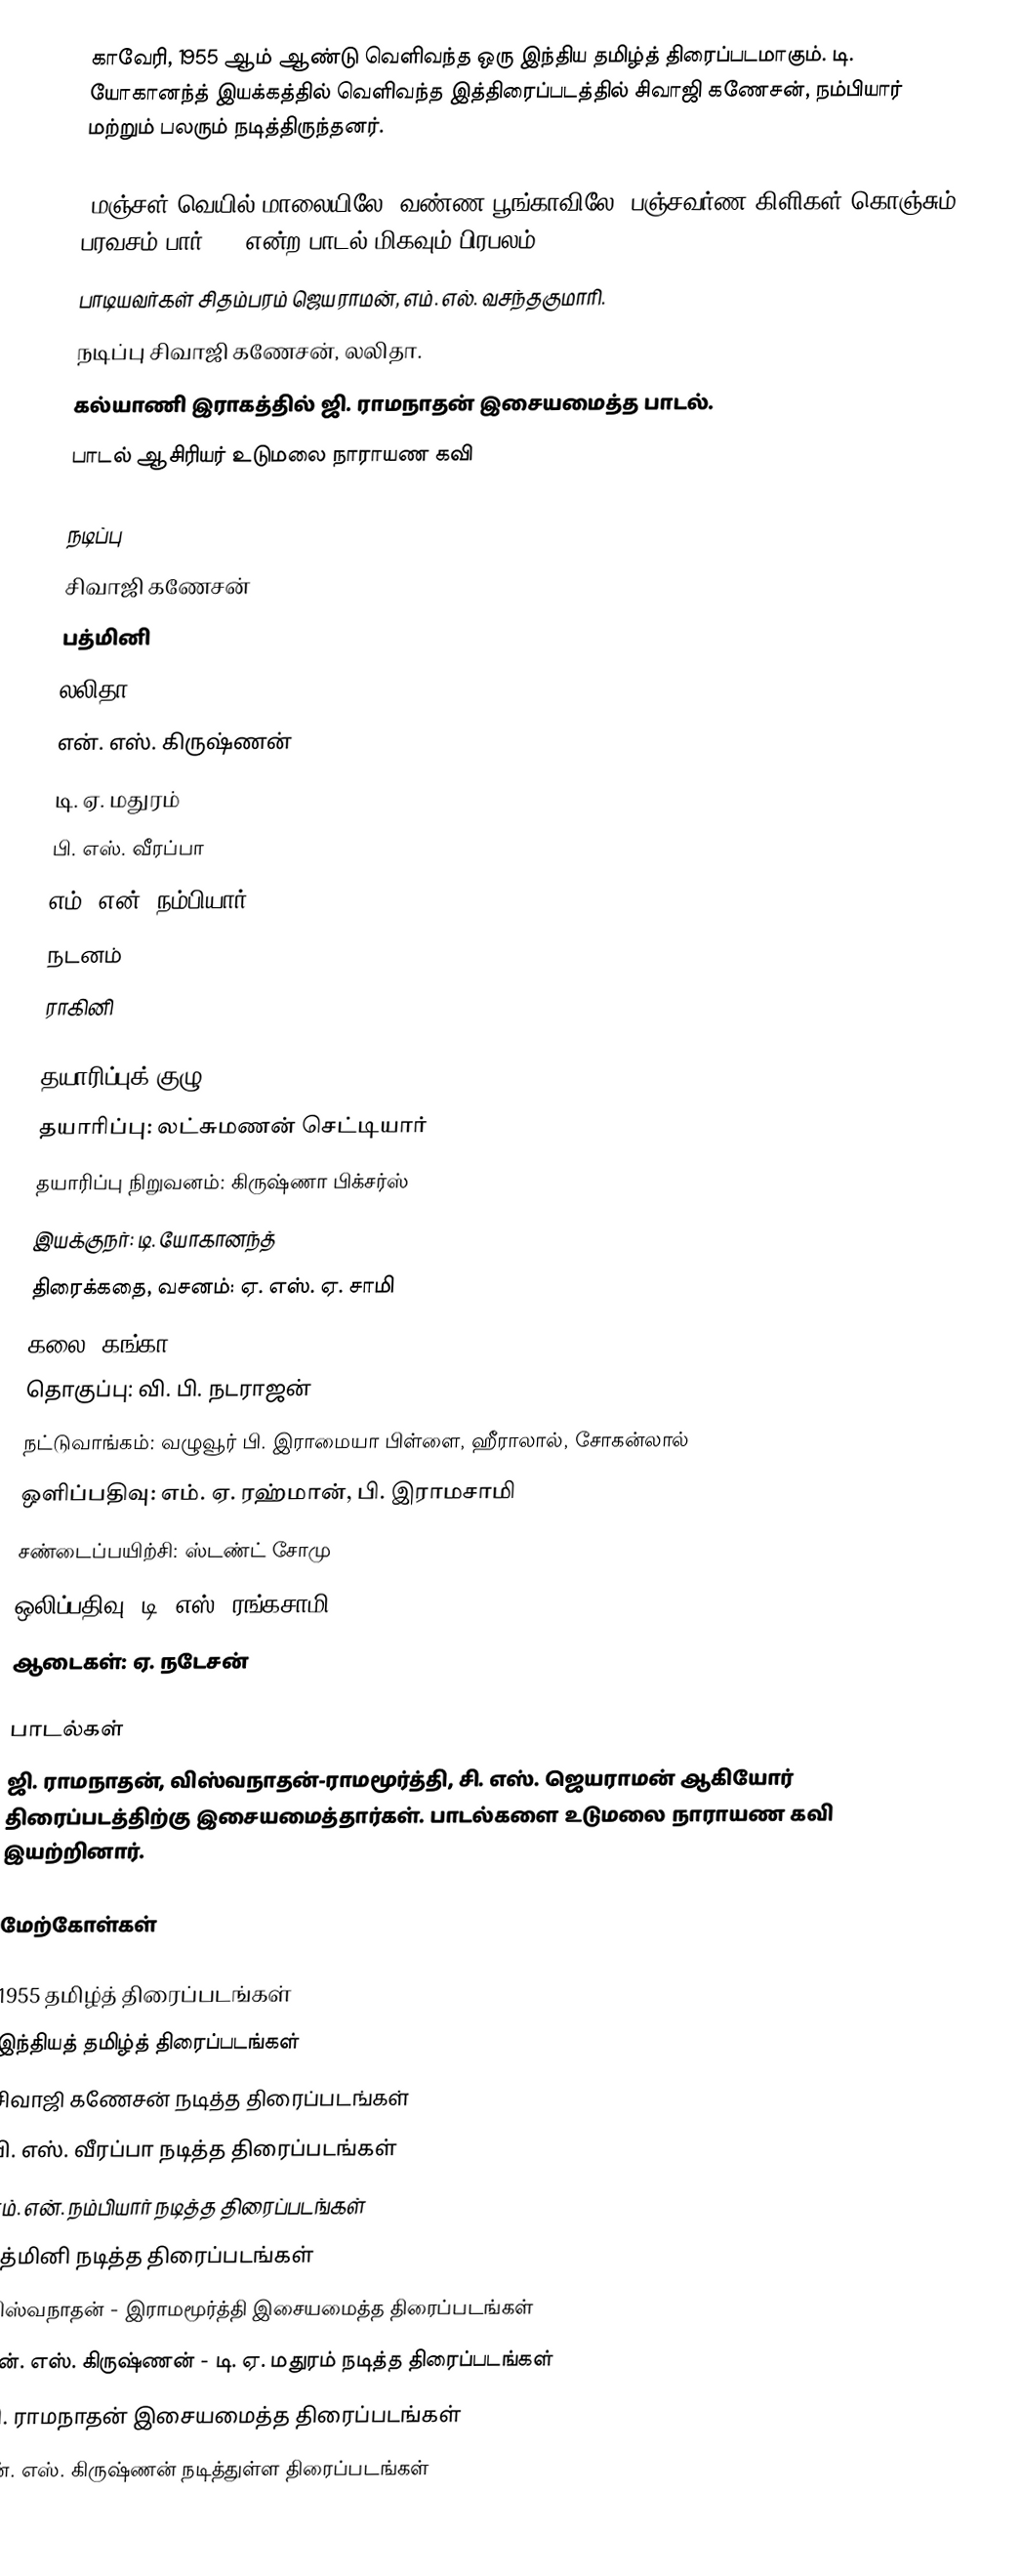
காவேரி, 1955 ஆம் ஆண்டு வெளிவந்த ஒரு இந்திய தமிழ்த் திரைப்படமாகும். டி. யோகானந்த் இயக்கத்தில் வெளிவந்த இத்திரைப்படத்தில் சிவாஜி கணேசன், நம்பியார் மற்றும் பலரும் நடித்திருந்தனர்.

"மஞ்சள் வெயில் மாலையிலே, வண்ண பூங்காவிலே, பஞ்சவர்ண கிளிகள் கொஞ்சும் பரவசம் பார்..." என்ற பாடல் மிகவும் பிரபலம்.
பாடியவர்கள் சிதம்பரம் ஜெயராமன், எம். எல். வசந்தகுமாரி.
நடிப்பு சிவாஜி கணேசன், லலிதா.
கல்யாணி இராகத்தில் ஜி. ராமநாதன் இசையமைத்த பாடல்.
பாடல் ஆசிரியர் உடுமலை நாராயண கவி

நடிப்பு
சிவாஜி கணேசன்
பத்மினி
லலிதா
என். எஸ். கிருஷ்ணன்
டி. ஏ. மதுரம்
பி. எஸ். வீரப்பா
எம். என். நம்பியார்
நடனம்
ராகினி

தயாரிப்புக் குழு
தயாரிப்பு: லட்சுமணன் செட்டியார்
தயாரிப்பு நிறுவனம்: கிருஷ்ணா பிக்சர்ஸ்
இயக்குநர்: டி. யோகானந்த்
திரைக்கதை, வசனம்: ஏ. எஸ். ஏ. சாமி
கலை: கங்கா
தொகுப்பு: வி. பி. நடராஜன்
நட்டுவாங்கம்: வழுவூர் பி. இராமையா பிள்ளை, ஹீராலால், சோகன்லால்
ஒளிப்பதிவு: எம். ஏ. ரஹ்மான், பி. இராமசாமி
சண்டைப்பயிற்சி: ஸ்டண்ட் சோமு
ஒலிப்பதிவு: டி. எஸ். ரங்கசாமி
ஆடைகள்: ஏ. நடேசன்

பாடல்கள்
ஜி. ராமநாதன், விஸ்வநாதன்-ராமமூர்த்தி, சி. எஸ். ஜெயராமன் ஆகியோர் திரைப்படத்திற்கு இசையமைத்தார்கள். பாடல்களை உடுமலை நாராயண கவி இயற்றினார்.

மேற்கோள்கள்

1955 தமிழ்த் திரைப்படங்கள்
இந்தியத் தமிழ்த் திரைப்படங்கள்
சிவாஜி கணேசன் நடித்த திரைப்படங்கள்
பி. எஸ். வீரப்பா நடித்த திரைப்படங்கள்
எம். என். நம்பியார் நடித்த திரைப்படங்கள்
பத்மினி நடித்த திரைப்படங்கள்
விஸ்வநாதன் - இராமமூர்த்தி இசையமைத்த திரைப்படங்கள்
என். எஸ். கிருஷ்ணன் - டி. ஏ. மதுரம் நடித்த திரைப்படங்கள்
ஜி. ராமநாதன் இசையமைத்த திரைப்படங்கள்
என். எஸ். கிருஷ்ணன் நடித்துள்ள திரைப்படங்கள்